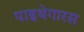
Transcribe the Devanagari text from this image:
पाइथेगारस